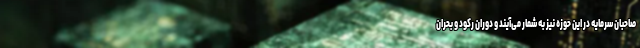
صاحبان سرمایه در این حوزه نیز به شمار می‌آیند و دوران رکود و بحران